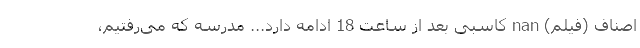
اصناف (فیلم) nan کاسبی بعد از ساعت 18 ادامه دارد... مدرسه که می‌رفتیم،